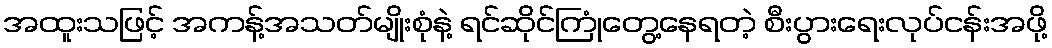
အထူးသဖြင့် အကန့်အသတ်မျိုးစုံနဲ့ ရင်ဆိုင်ကြုံတွေ့နေရတဲ့ စီးပွားရေးလုပ်ငန်းအဖို့